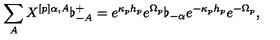
\sum _ { A } X ^ { [ p ] \alpha , A } \flat _ { - A } ^ { + } = e ^ { \kappa _ { p } h _ { p } } e ^ { \Omega _ { p } } \flat _ { - \alpha } e ^ { - \kappa _ { p } h _ { p } } e ^ { - \Omega _ { p } } ,